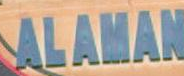
ALAHAN